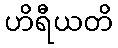
ဟိရီယတိ